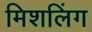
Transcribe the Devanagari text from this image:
मिशलिंग